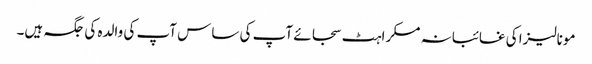
مونالیزا کی غائبانہ مسکراہٹ سجائے آپ کی ساس آپ کی والدہ کی جگہ ہیں۔